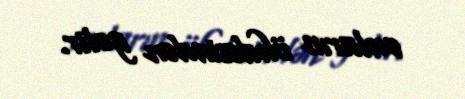
onların öhdəsindən gəlir.